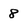
Character: 8